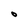
Character: O